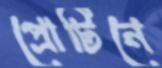
প্রোটিনে